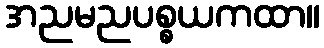
အညမညပစ္စယကထာ။